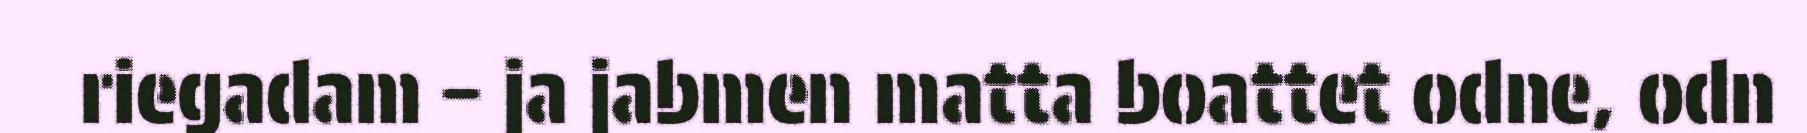
riegadam – ja jabmen matta boattet odne, odn